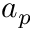
a _ { p }